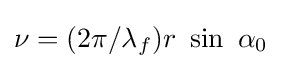
\nu =(2\pi /\lambda _{f})r\ \sin \ \alpha _{0}